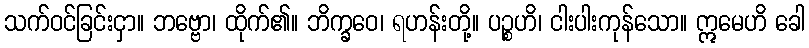
သက်ဝင်ခြင်းငှာ။ ဘဗ္ဗော၊ ထိုက်၏။ ဘိက္ခဝေ၊ ရဟန်းတို့။ ပဉ္စဟိ၊ ငါးပါးကုန်သော။ ဣမေဟိ ခေါ